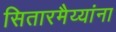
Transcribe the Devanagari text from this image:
सितारमैय्यांना